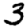
Digit: 3